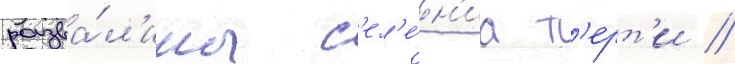
разва́л'ины с'ел'е́н'иа т'ерт'и //